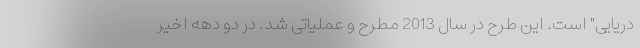
دریایی" است. این طرح در سال 2013 مطرح و عملیاتی شد. در دو دهه اخیر